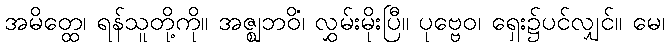
အမိတ္ထေ၊ ရန်သူတို့ကို။ အဇ္ဈဘဝိံ၊ လွှမ်းမိုးပြီ။ ပုဗ္ဗေဝ၊ ရှေး၌ပင်လျှင်။ မေ၊